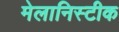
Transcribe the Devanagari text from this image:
मेलानिस्टीक